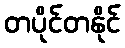
တပိုင်တနိုင်